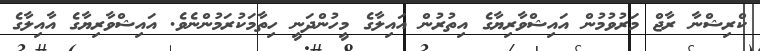
ކްރިޝްނާ ރާޖް މަރުވުމުން އައިޝްވާރިޔާގެ އިތުރުން އައިލާގެ މީހުންދަނީ ހިތާމަކުރަމުންނެވެ. އައިޝްވާރިޔާގެ އާއިލާގެ